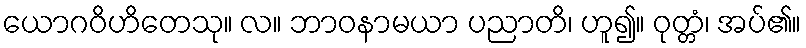
ယောဂဝိဟိတေသု။ လ။ ဘာဝနာမယာ ပညာတိ၊ ဟူ၍။ ဝုတ္တံ၊ အပ်၏။